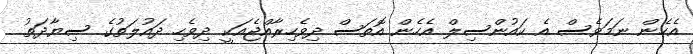
އެހެން ނަމަވެސް އެ ކައުންސިލް އެހެން އޮތަސް ދިވެހިރާއްޖެއަކީ ދިވެހި ދައުލަތުގެ ސިޔާދަތު